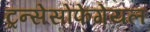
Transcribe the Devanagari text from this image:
ट्रन्सेसोफेगेयल